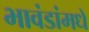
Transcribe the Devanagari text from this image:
भावंडांमधे